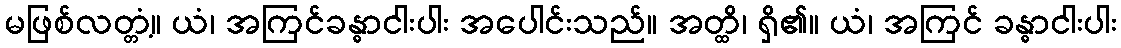
မဖြစ်လတ္တံ့။ ယံ၊ အကြင်ခန္ဓာငါးပါး အပေါင်းသည်။ အတ္ထိ၊ ရှိ၏။ ယံ၊ အကြင် ခန္ဓာငါးပါး